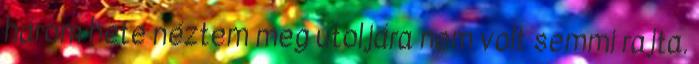
három hete néztem meg utoljára nem volt semmi rajta.